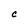
Character: C